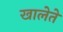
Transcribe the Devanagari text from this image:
खालेते